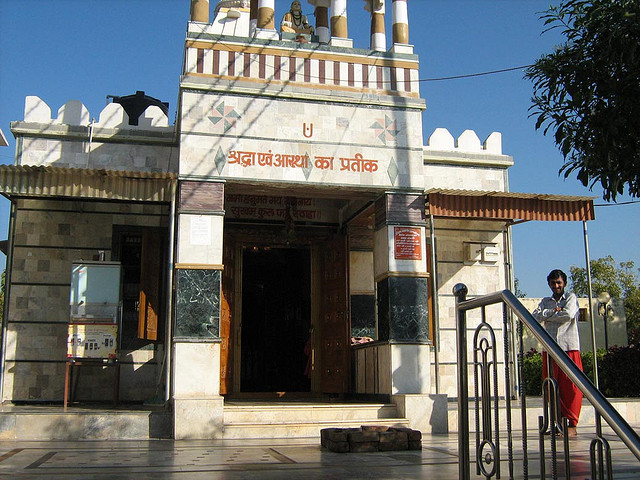
Language: hindi
Transcription: श्रद्धा एवं प्रतीक का